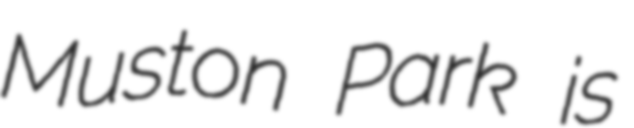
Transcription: Muston Park is